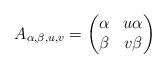
LaTeX: \begin{align*}A_{\alpha,\beta,u,v} = \begin{pmatrix}\alpha & u\alpha \\\beta & v\beta\end{pmatrix}\end{align*}